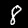
Label: 8